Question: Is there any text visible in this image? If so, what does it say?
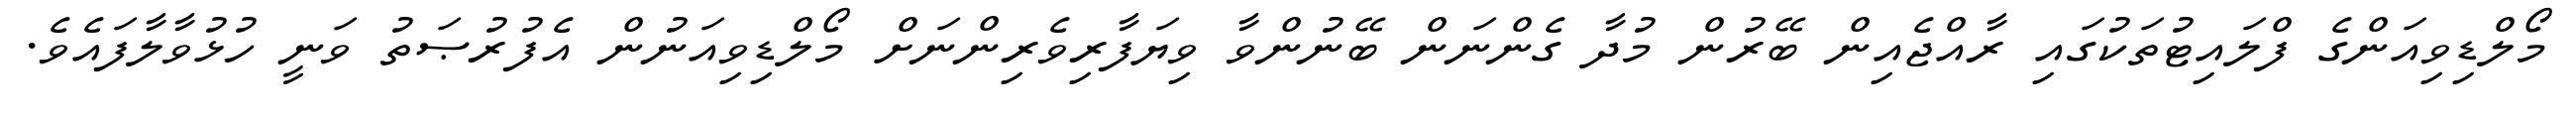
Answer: މޯލްޑިވިއަންގެ ފްލައިޓުތަކުގައި ރާއްޖެއިން ބޭރުން މުދާ ގެންނަން ބޭނުންވާ ވިޔަފާރިވެރިންނަށް މޯލްޑިވިއަނުން އެފުރުޞަތު ވަނީ ހުޅުވާލާފައެވެ.